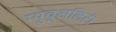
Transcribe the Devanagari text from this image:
म्युचुअलिटी